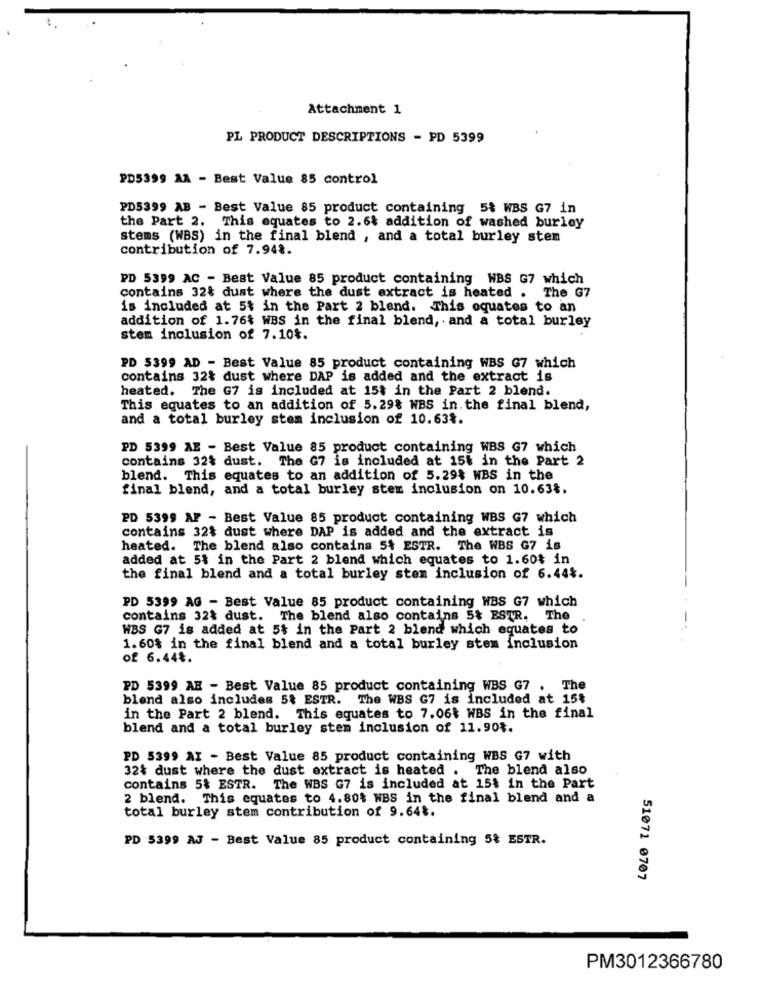
Attachment 1
PL PRODUCT DESCRIPTIONS - PD 5399
PD5399 AA - Best Value 85 control
PD5399 AB - Best Value 85 product containing 5% WBS G7 in
the Part 2. This equates to 2.6% addition of washed burley
stems (WBS) in the final blend , and a total burley stem
contribution of 7.948.
PD 5399 AC - Best Value 85 product containing WBS G7 which
contains 32& dust where the dust extract is heated . The G7
is included at 5% in the Part 2 blend. This equates to an
addition of 1.76% WBS in the final blend, and a total burley
stem inclusion of 7.10%.
PD 5399 AD - Best Value 85 product containing WBS G7 which
contains 32% dust where DAP is added and the extract is
heated. The G7 is included at 15% in the Part 2 blend.
This equates to an addition of 5.29% WBS in. the final blend,
and a total burley stem inclusion of 10.63%.
PD 5399 AE - Best Value 85 product containing WBS G7 which
contains 32% dust. The G7 is included at 15t in the Part 2
blend. This equates to an addition of 5.29$ WBS in the
final blend, and a total burley stem inclusion on 10.63%.
PD 5399 AF - Best Value 85 product containing WBS G7 which
contains 32$ dust where DAP is added and the extract is
heated. The blend also contains 5% ESTR. The WBS G7 is
added at 5% in the Part 2 blend which equates to 1.60% in
the final blend and a total burley stem inclusion of 6.44%.
PD 5399 AG - Best Value 85 product containing WBS G7 which
contains 32t dust. The blend also contains 5% ESTR. The
WBS G7 is added at 5% in the Part 2 blend which equates to
1.60$ in the final blend and a total burley stem inclusion
of 6.44₺.
PD 5399 AE - Best Value 85 product containing WBS G7 . The
blend also includes 5% ESTR. The WBS G7 is included at 15%
in the Part 2 blend. This equates to 7.06% WBS in the final
blend and a total burley stem inclusion of 11.90%.
PD 5399 AI - Best Value 85 product containing WBS G7 with
32% dust where the dust extract is heated . The blend also
contains 5% ESTR. The WBS G7 is included at 15$ in the Part
2 blend. This equates to 4.80% WBS in the final blend and a
total burley stem contribution of 9.64₺.
PD 5399 AJ - Best Value 85 product containing 5% ESTR.
51071 0707
PM3012366780